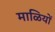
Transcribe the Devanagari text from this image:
माळियों